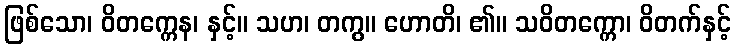
ဖြစ်သော၊ ဝိတက္ကေန၊ နှင့်။ သဟ၊ တကွ။ ဟောတိ၊ ၏။ သဝိတက္ကော၊ ဝိတက်နှင့်